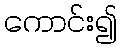
ကောင်း၍